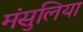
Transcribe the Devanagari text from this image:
मंसुलिया